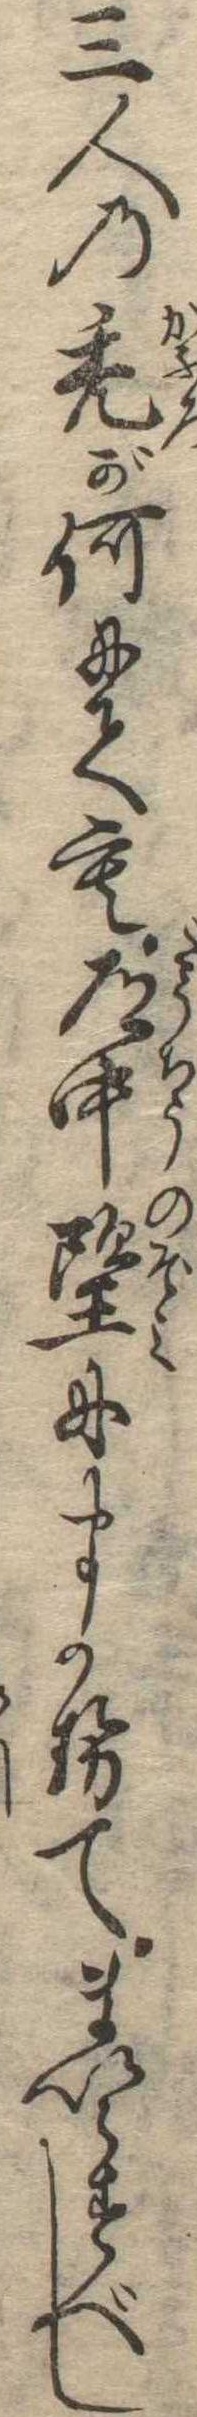
三人の禿が何にても道中望にまかせてまいらすべし